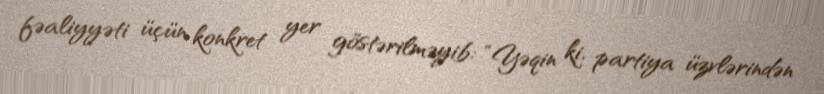
fəaliyyəti üçün konkret yer göstərilməyib: “Yəqin ki, partiya üzvlərindən